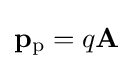
\mathbf {p} _{\mathrm {p} }=q\mathbf {A} \,\!